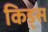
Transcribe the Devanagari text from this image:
किड्‍स